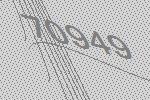
70949